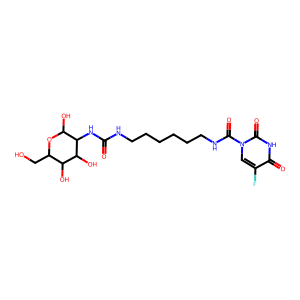
SMILES: O=C(NCCCCCCNC(=O)n1cc(F)c(=O)[nH]c1=O)NC1C(O)OC(CO)C(O)C1O
Inhibits HIV replication: No